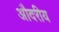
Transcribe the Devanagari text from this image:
औदरीय